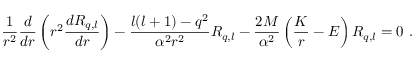
\frac 1 { r ^ { 2 } } \frac d { d r } \left( r ^ { 2 } \frac { d R _ { q , l } } { d r } \right) - \frac { l ( l + 1 ) - q ^ { 2 } } { \alpha ^ { 2 } r ^ { 2 } } R _ { q , l } - \frac { 2 M } { \alpha ^ { 2 } } \left( \frac K r - E \right) R _ { q , l } = 0 \ .